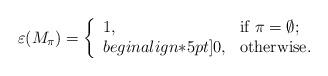
LaTeX: \begin{align*}\varepsilon(M_{\pi})=\left\{ \begin{array}{ll} 1, & \hbox{if $\pi=\emptyset$;} \\begin{align*}5pt] 0, & \hbox{otherwise.} \end{array} \right.\end{align*}